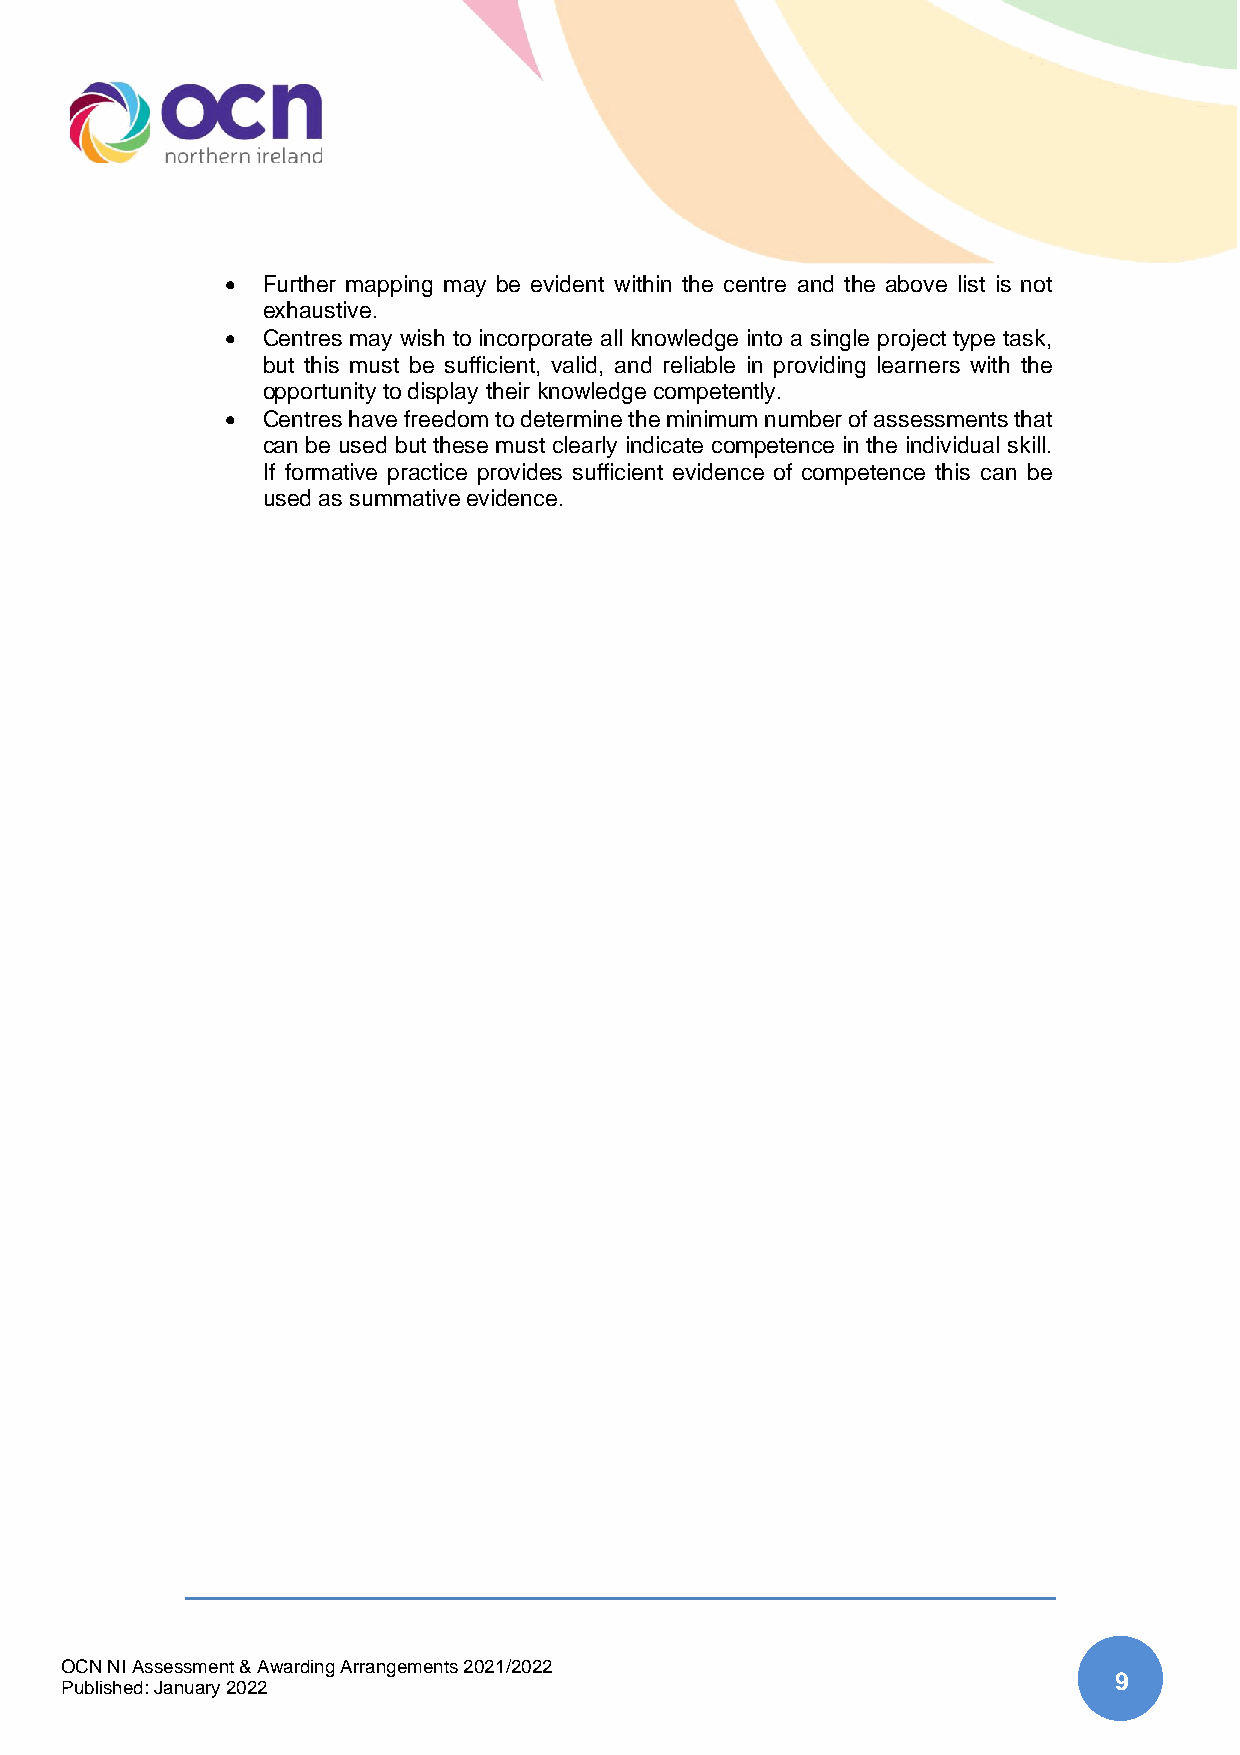
• Further mapping may be evident within the centre and the above list is not
 exhaustive.
 • Centres may wish to incorporate all knowledge into a single project type task,
 but this must be sufficient, valid, and reliable in providing learners with the
 opportunity to display their knowledge competently.
 • Centres have freedom to determine the minimum number of assessments that
 can be used but these must clearly indicate competence in the individual skill.
 If formative practice provides sufficient evidence of competence this can be
 used as summative evidence.
 OCN NI Assessment & Awarding Arrangements 2021/2022
 9
 Published: January 2022